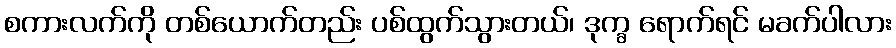
စကားလက်ကို တစ်ယောက်တည်း ပစ်ထွက်သွားတယ်၊ ဒုက္ခ ရောက်ရင် မခက်ပါလား